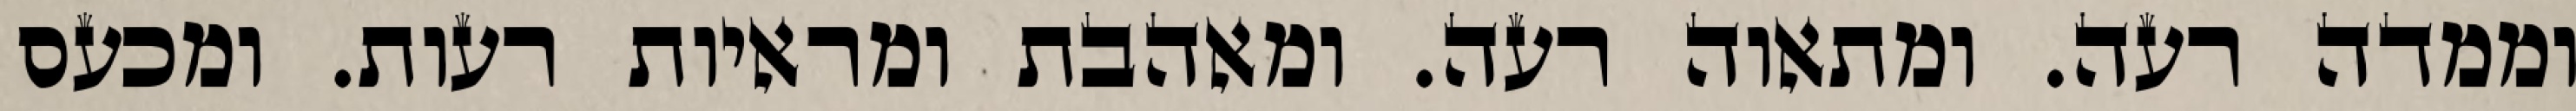
וממדה רעה. ומתאוה רעה. ומאהבת ומראיות רעות. ומכעס